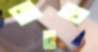
জাবড়া